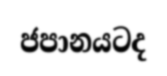
ජපානයටද